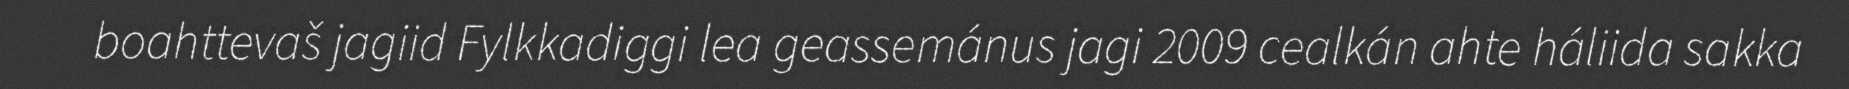
boahttevaš jagiid Fylkkadiggi lea geassemánus jagi 2009 cealkán ahte háliida sakka